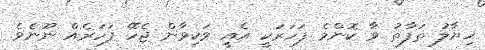
ޚިޔާލު ތަފާތު ވާ ކޮންމެ ފަހަރަކީ އެއީ ވަކިވާން ޖެހޭ ފަހަރެއްް ނޫނެވެ.